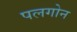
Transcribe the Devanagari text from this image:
पलगोन